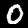
Label: 0